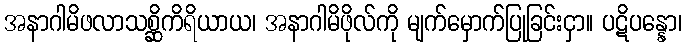
အနာဂါမိဖလာသစ္ဆိကိရိယာယ၊ အနာဂါမိဖိုလ်ကို မျက်မှောက်ပြုခြင်းငှာ။ ပဋိပန္နော၊